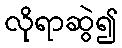
လိုရာဆွဲ၍